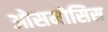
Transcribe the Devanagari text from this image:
ओसमोसिस